Report of the Imperial Institute of Veterinary Research, Muktesar
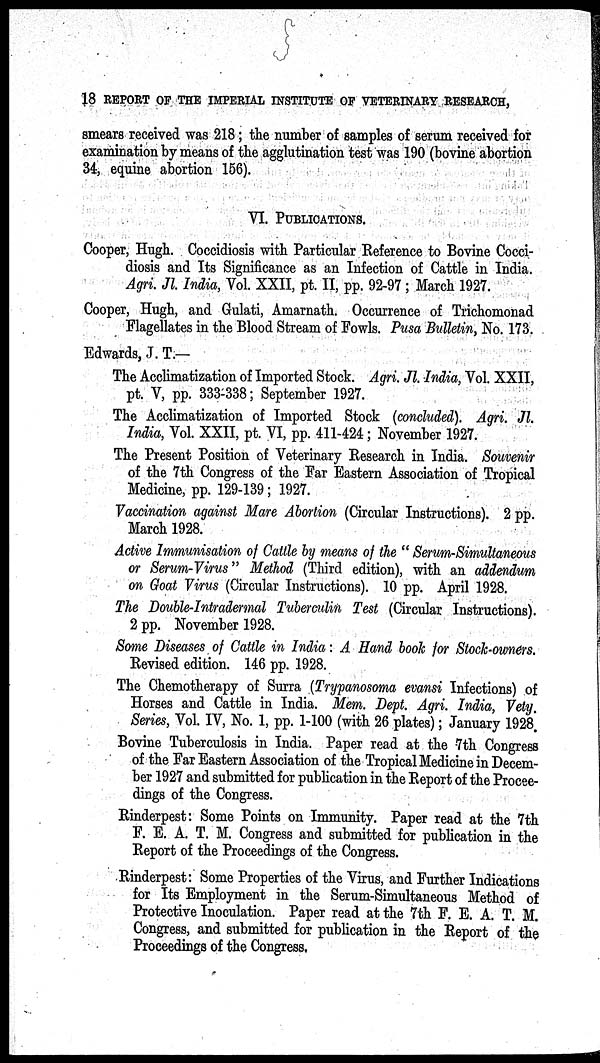
18 REPORT OF THE IMPERIAL INSTITUTE OF VETERINARY RESEARCH,
smears received was 218; the number of samples of serum received for
examination by means of the agglutination test was 190 (bovine abortion
34, equine abortion 156).
VI. PUBLICATIONS.
Cooper, Hugh. Coccidiosis with Particular Reference to Bovine Cocci-
diosis and Its Significance as an Infection of Cattle in India.
Agri. Jl. India, Vol. XXII, pt. II, pp. 92-97; March 1927.
Cooper, Hugh, and Gulati, Amarnath. Occurrence of Trichomonad
Flagellates in the Blood Stream of Fowls. Pusa Bulletin, No. 173.
Edwards, J. T.—
The Acclimatization of Imported Stock. Agri. Jl. India, Vol. XXII,
pt. V, pp. 333-338; September 1927.
The Acclimatization of Imported Stock (concluded). Agri. Jl.
India, Vol. XXII, pt. VI, pp. 411-424; November 1927.
The Present Position of Veterinary Research in India. Souvenir
of the 7th Congress of the Far Eastern Association of Tropical
Medicine, pp. 129-139; 1927.
Vaccination against Mare Abortion (Circular Instructions). 2 pp.
March 1928.
Active Immunisation of Cattle by means of the " Serum-Simultaneous
or Serum-Virus" Method (Third edition), with an addendum
on Goat Virus (Circular Instructions). 10 pp. April 1928.
The Double-Intradermal Tuberculin Test (Circular Instructions).
2 pp. November 1928.
Some Diseases of Cattle in India : A Hand book for Stock-owners.
Revised edition. 146 pp. 1928.
The Chemotherapy of Surra (Trypanosoma evansi Infections) of
Horses and Cattle in India. Mem. Dept. Agri. India, Vety.
Series, Vol. IV, No. 1, pp. 1-100 (with 26 plates); January 1928.
Bovine Tuberculosis in India. Paper read at the 7th Congress
of the Far Eastern Association of the Tropical Medicine in Decem-
ber 1927 and submitted for publication in the Report of the Procee-
dings of the Congress.
Rinderpest: Some Points on Immunity. Paper read at the 7th
F. E. A. T. M. Congress and submitted for publication in the
Report of the Proceedings of the Congress.
Rinderpest: Some Properties of the Virus, and Further Indications
for Its Employment in the Serum-Simultaneous Method of
Protective Inoculation. Paper read at the 7th F. E. A. T. M.
Congress, and submitted for publication in the Report of the
Proceedings of the Congress,